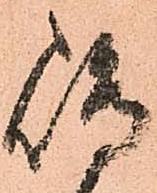
嶋